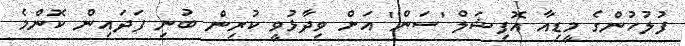
ފުލުހުންގެ މީޑިއާ އޮފިޝަލް 'ސަން' އަށް ވިދާޅުވީ ކުރިން ބުނި ފަދައިން ކޮންމެ